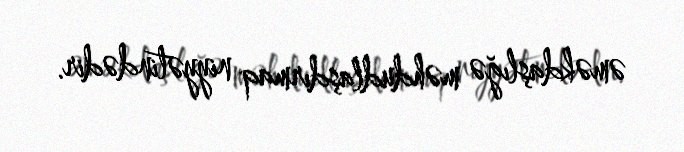
əməkdaşlığə məhdudlaşdırmaq niyyətindədir.